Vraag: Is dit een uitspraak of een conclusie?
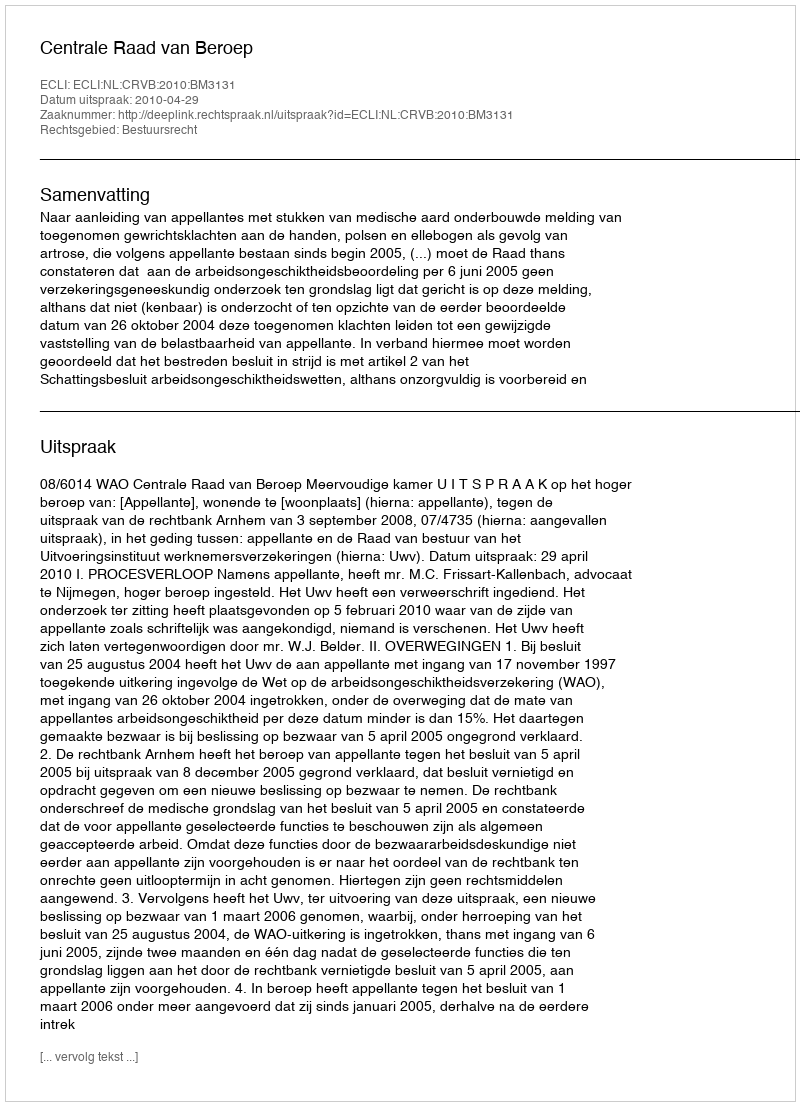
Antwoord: Uitspraak